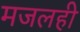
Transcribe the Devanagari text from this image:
मजलही